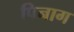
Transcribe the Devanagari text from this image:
पिनाग